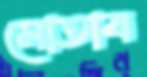
মোতাব